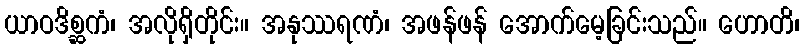
ယာဝဒိစ္ဆကံ၊ အလိုရှိတိုင်း။ အနုဿရဏံ၊ အဖန်ဖန် အောက်မေ့ခြင်းသည်။ ဟောတိ၊